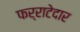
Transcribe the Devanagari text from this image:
फर्राटेदार